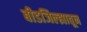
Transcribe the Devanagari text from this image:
बीडजिल्ह्यातून